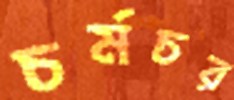
চর্মচর